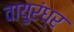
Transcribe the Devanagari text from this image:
वायुरंध्र